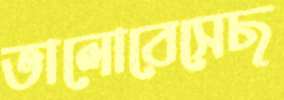
ভালোবেসেছ